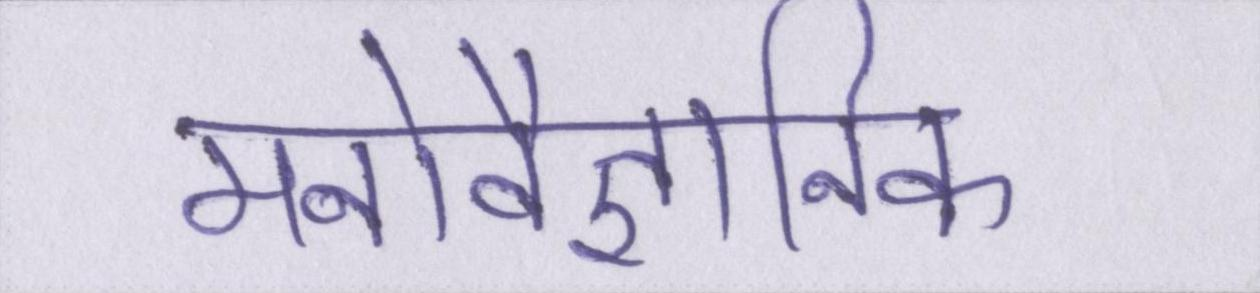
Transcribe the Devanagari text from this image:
मनोवैज्ञानिक